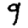
Digit: 9